Manual of the Civil Veterinary Department, Central Provinces and Berar
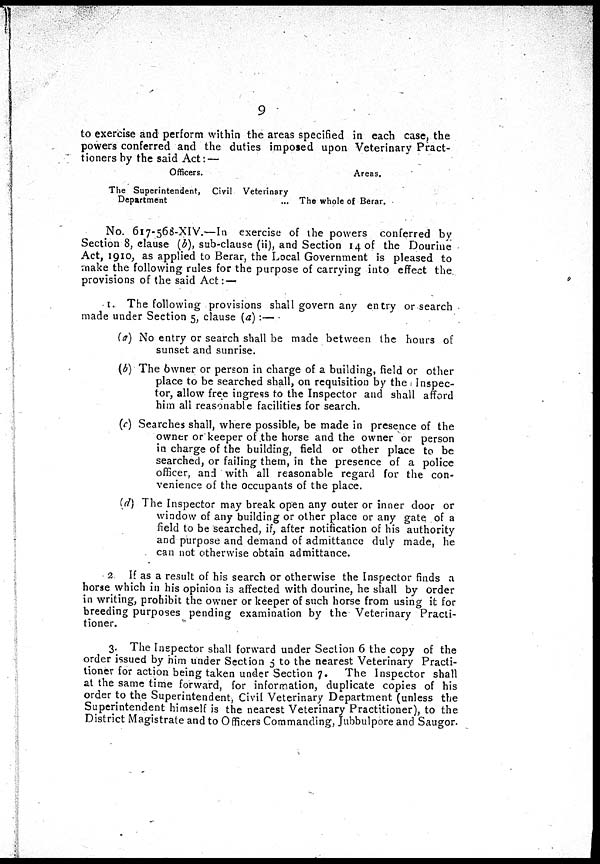
9
to exercise and perform within the areas specified in each case, the
powers conferred and the duties imposed upon Veterinary Pract-
tioners by the said Act: —
Officers.
The Superintendent, Civil Veterinary
Department
Areas.
The whole of Berar.
No. 617-568-XIV.—In exercise of the powers conferred by
Section 8, clause (b), sub-clause (ii), and Section 14 of the Dourine
Act, 1910, as applied to Berar, the Local Government is pleased to
make the following rules for the purpose of carrying into effect the
provisions of the said Act: —
1. The following provisions shall govern any entry or search
made under Section 5, clause (a) :—
(a) No entry or search shall be made between the hours of
sunset and sunrise.
(b) The owner or person in charge of a building, field or other
place to be searched shall, on requisition by the Inspec-
tor, allow free ingress to the Inspector and shall afford
him all reasonable facilities for search.
(c) Searches shall, where possible, be made in presence of the
owner or keeper of the horse and the owner or person
in charge of the building, field or other place to be
searched, or failing them, in the presence of a police
officer, and with all reasonable regard for the con-
venience of the occupants of the place.
(d) The Inspector may break open any outer or inner door or
window of any building or other place or any gate of a
field to be searched, if, after notification of his authority
and purpose and demand of admittance duly made, he
can not otherwise obtain admittance.
2. If as a result of his search or otherwise the Inspector finds a
horse which in his opinion is affected with dourine, he shall by order
in writing, prohibit the owner or keeper of such horse from using it for
breeding purposes pending examination by the Veterinary Practi-
tioner.
3. The Inspector shall forward under Section 6 the copy of the
order issued by him under Section 5 to the nearest Veterinary Practi-
tioner for action being taken under Section 7. The Inspector shall
at the same time forward, for information, duplicate copies of his
order to the Superintendent, Civil Veterinary Department (unless the
Superintendent himself is the nearest Veterinary Practitioner), to the
District Magistrate and to Officers Commanding, Jubbulpore and Saugor.